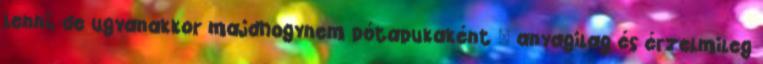
lenni, de ugyanakkor majdhogynem pótapukaként – anyagilag és érzelmileg